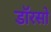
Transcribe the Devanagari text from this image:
डॉरसो